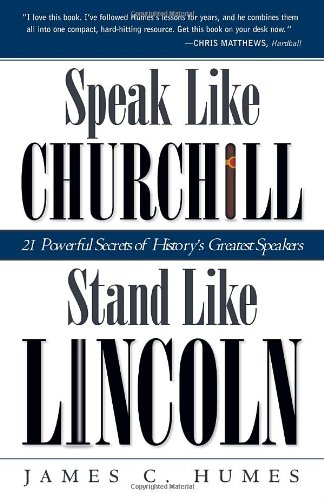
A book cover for Speak Like Churchill, Stand Like Lincoln: 21 Powerful Secrets of History's Greatest Speakers; James C. Humes; Reference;